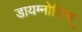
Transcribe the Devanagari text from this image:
डायग्नोसिस्